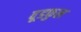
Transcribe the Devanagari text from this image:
वूडफुल